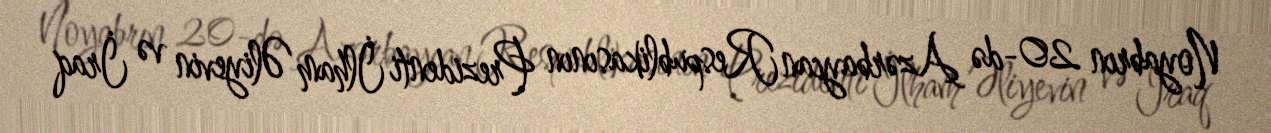
Noyabrın 20-də Azərbaycan Respublikasının Prezidenti İlham Əliyevin və İraq